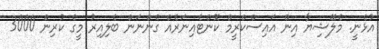
އުޅެނީ. މެލޭޝިޔާ އިން އައިސްކްރީމް ކޮންޓެއިނަރެއް ގެންނަން ބެލިއިރު މީގެ ކުރިން 3000